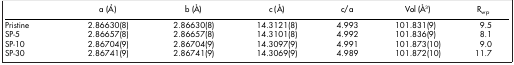
|  | a (Å) | b (Å) | c (Å) | c/a | Vol (Å3) | Rwp |
 | --- | --- | --- | --- | --- | --- | --- |
 | Pristine | 2.86630(8) | 2.86630(8) | 14.3121(8) | 4.993 | 101.831(9) | 9.5 |
 | SP-5 | 2.86657(8) | 2.86657(8) | 14.3101(8) | 4.992 | 101.836(9) | 8.1 |
 | SP-10 | 2.86704(9) | 2.86704(9) | 14.3097(9) | 4.991 | 101.873(10) | 9.0 |
 | SP-30 | 2.86741(9) | 2.86741(9) | 14.3069(9) | 4.989 | 101.872(10) | 11.7 |